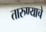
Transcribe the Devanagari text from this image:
तारुण्याचे